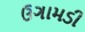
ઉગામડી